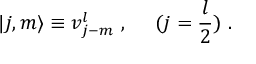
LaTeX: \vert j , m \rangle \equiv v _ { j - m } ^ { l } ~ , ~ ~ ~ ~ ( j = \frac { l } { 2 } ) ~ .